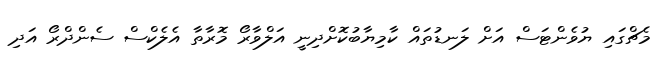
މެޗްގައި ޔުވެންޓަސް އަށް ލަނޑުތައް ކާމިޔާބުކޮށްދިނީ އަލްވާރޯ މޮރާތާ އެލެކްސް ސެންދްރޯ އަދި